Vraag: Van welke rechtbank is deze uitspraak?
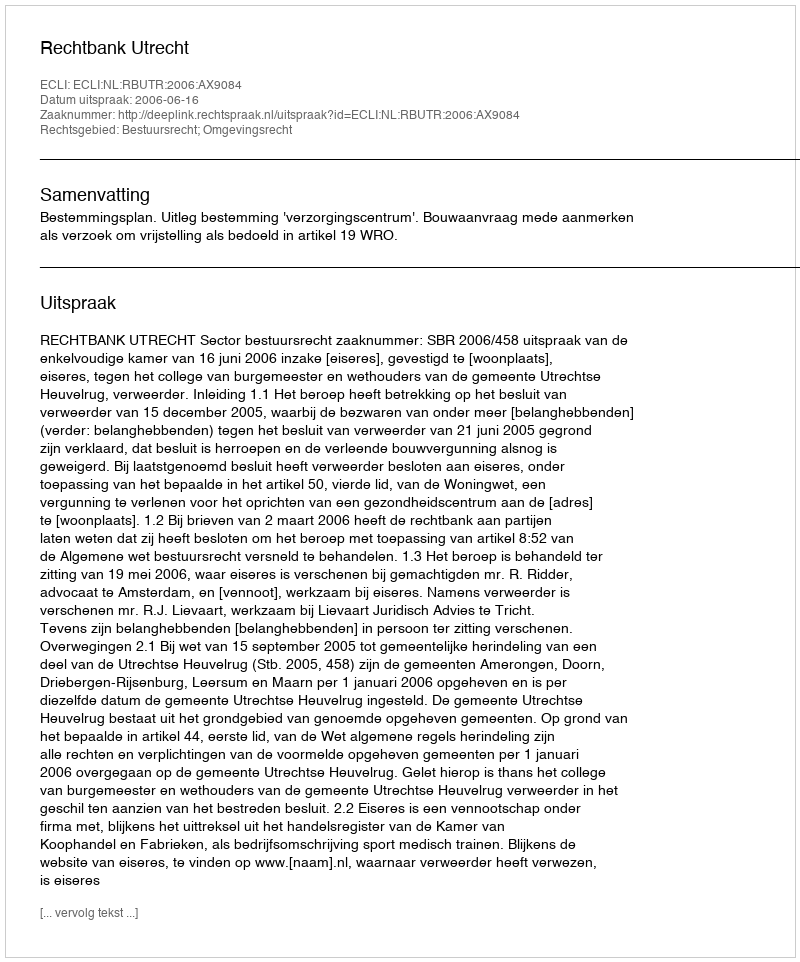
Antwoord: Rechtbank Utrecht